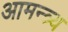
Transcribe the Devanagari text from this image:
आमन्त्र्य